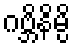
ဂဗ္ဘိနိမ္ပိ